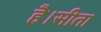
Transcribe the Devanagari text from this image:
है।सीता